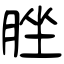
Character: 脞